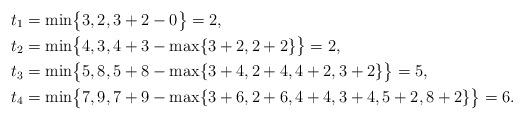
LaTeX: \begin{align*}t_1&=\min\!\big\{3,2,3+2-0\big\}=2,\\t_2&=\min\!\big\{4,3,4+3-\max\{3+2,2+2\}\big\}=2,\\t_3&=\min\!\big\{5,8,5+8-\max\{3+4,2+4,4+2,3+2\}\big\}=5,\\t_4&=\min\!\big\{7,9,7+9-\max\{3+6,2+6,4+4,3+4,5+2,8+2\}\big\}=6.\end{align*}